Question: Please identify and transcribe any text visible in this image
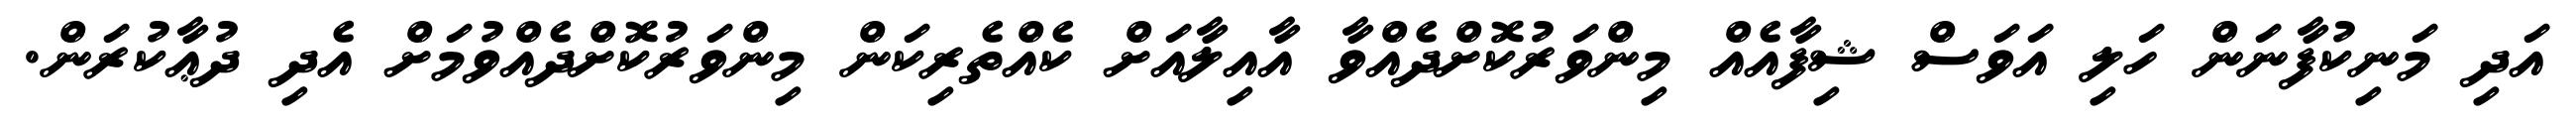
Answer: އަދި މަނިކުފާނަން ހަލި އަވަސް ޝިފާއެއް މިންވަރުކޮށްދެއްވާ އާއިލާއަށް ކެއްތެރިކަން މިންވަރުކޮށްދެއްވުމަށް އެދި ދުޢާކުރަން.